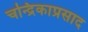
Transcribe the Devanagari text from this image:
चन्द्रिकाप्रसाद